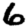
Digit: 6